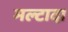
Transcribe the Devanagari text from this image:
मल्टादा